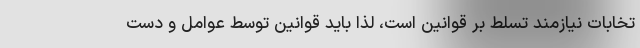
تخابات نیازمند تسلط بر قوانین است، لذا باید قوانین توسط عوامل و دست